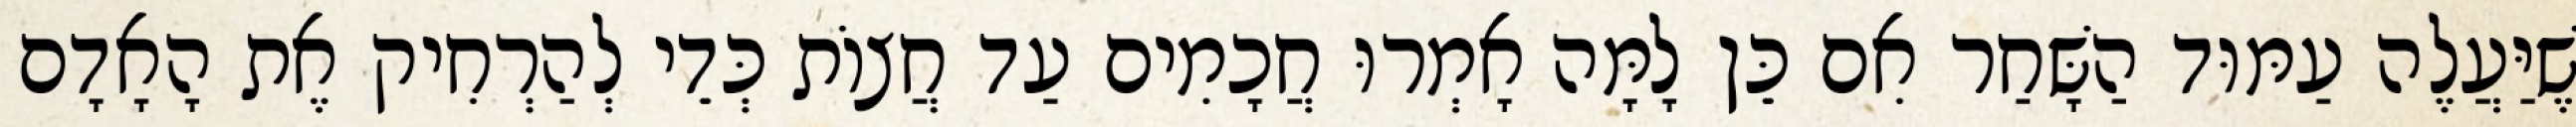
שֶׁיַּעֲלֶה עַמּוּד הַשָּׁחַר אִם כֵּן לָמָּה אָמְרוּ חֲכָמִים עַד חֲצוֹת כְּדֵי לְהַרְחִיק אֶת הָאָדָם